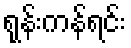
ရုန်းကန်ရင်း